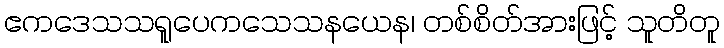
ဧကဒေသသရူပေကသေသနယေန၊ တစ်စိတ်အားဖြင့် သူတိတူ